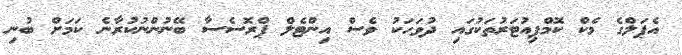
އެޕަލްގެ މެކް ކޮމްޕިއުޓަރުތަކުގައި ދުވަހަކު ވެސް އިންޓެލް ޕްރޮސެސާ ބޭނުންނުކުރާނެ ކަމަށް ބުނި